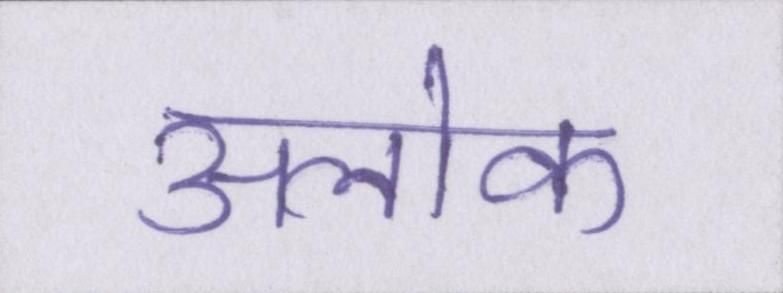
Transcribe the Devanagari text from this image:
अलोक